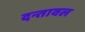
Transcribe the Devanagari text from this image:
दन्तावल